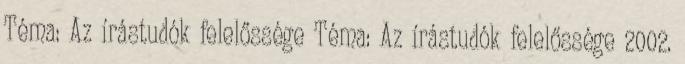
Téma: Az írástudók felelőssége Téma: Az írástudók felelőssége 2002.